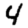
Digit: 4